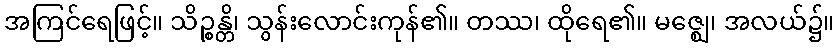
အကြင်ရေဖြင့်။ သိဉ္စန္တိ၊ သွန်းလောင်းကုန်၏။ တဿ၊ ထိုရေ၏။ မဇ္ဈေ၊ အလယ်၌။